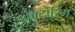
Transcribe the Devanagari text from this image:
वेक्टोरिंग